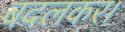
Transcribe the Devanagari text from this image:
बदलकर।